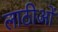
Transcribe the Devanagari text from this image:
लाठीओं